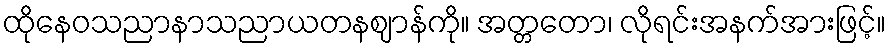
ထိုနေဝသညာနာသညာယတနဈာန်ကို။ အတ္တတော၊ လိုရင်းအနက်အားဖြင့်။